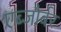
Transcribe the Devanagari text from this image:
एब्जौर्बर